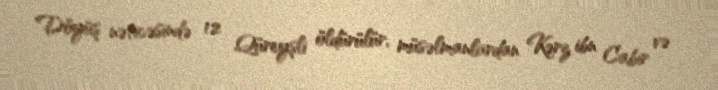
Döyüş nəticəsində 12 Qüreyşli öldürülür, müsəlmanlardan Kərz ibn Cabir və